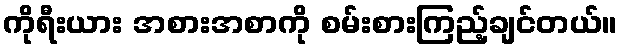
ကိုရီးယား အစားအစာကို စမ်းစားကြည့်ချင်တယ်။